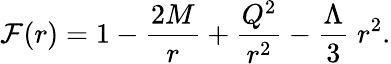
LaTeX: \mathcal{F}(r)=1-{\frac{{2M}}{{r}}}+{\frac{{Q^{2}}}{{r^{2}}}}-{\frac{{\Lambda}}{{3}}}\; r^{2}.